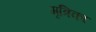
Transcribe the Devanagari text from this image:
मृत्रिका